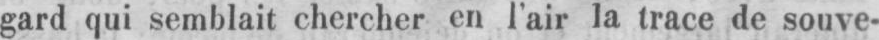
gard qui semblait chercher en l’air la trace de souve-